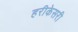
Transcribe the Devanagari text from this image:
हरीकेसरी